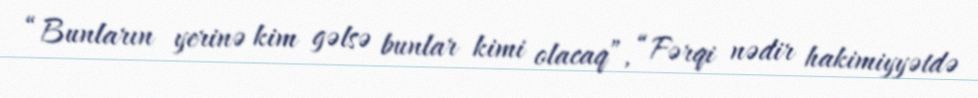
“Bunların yerinə kim gəlsə bunlar kimi olacaq”, “Fərqi nədir hakimiyyətdə